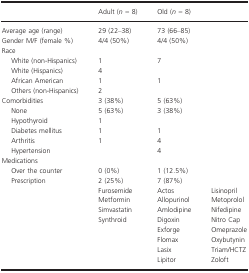
<table><thead><tr><td></td><td><b>Adult (<i>n </i>=<i> </i>8)</b></td><td colspan="2"><b>Old (<i>n </i>=<i> </i>8)</b></td></tr></thead><tbody><tr><td>Average age (range)</td><td>29 (22–38)</td><td colspan="2">73 (66–85)</td></tr><tr><td>Gender M/F (female %)</td><td>4/4 (50%)</td><td colspan="2">4/4 (50%)</td></tr><tr><td colspan="4">Race</td></tr><tr><td>White (non-Hispanics)</td><td>1</td><td colspan="2">7</td></tr><tr><td>White (Hispanics)</td><td>4</td><td colspan="2"></td></tr><tr><td>African American</td><td>1</td><td colspan="2">1</td></tr><tr><td>Others (non-Hispanics)</td><td>2</td><td colspan="2"></td></tr><tr><td>Comorbidities</td><td>3 (38%)</td><td colspan="2">5 (63%)</td></tr><tr><td>None</td><td>5 (63%)</td><td colspan="2">3 (38%)</td></tr><tr><td>Hypothyroid</td><td>1</td><td colspan="2"></td></tr><tr><td>Diabetes mellitus</td><td>1</td><td colspan="2">1</td></tr><tr><td>Arthritis</td><td>1</td><td colspan="2">4</td></tr><tr><td>Hypertension</td><td></td><td colspan="2">4</td></tr><tr><td colspan="4">Medications</td></tr><tr><td>Over the counter</td><td>0 (0%)</td><td colspan="2">1 (12.5%)</td></tr><tr><td>Prescription</td><td>2 (25%)</td><td colspan="2">7 (87%)</td></tr><tr><td></td><td>Furosemide</td><td>Actos</td><td>Lisinopril</td></tr><tr><td></td><td>Metformin</td><td>Allopurinol</td><td>Metoprolol</td></tr><tr><td></td><td>Simvastatin</td><td>Amlodipine</td><td>Nifedipine</td></tr><tr><td></td><td>Synthroid</td><td>Digoxin</td><td>Nitro Cap</td></tr><tr><td></td><td></td><td>Exforge</td><td>Omeprazole</td></tr><tr><td></td><td></td><td>Flomax</td><td>Oxybutynin</td></tr><tr><td></td><td></td><td>Lasix</td><td>Triam/HCTZ</td></tr><tr><td></td><td></td><td>Lipitor</td><td>Zoloft</td></tr></tbody></table>